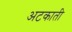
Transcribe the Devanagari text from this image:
अटकाती